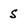
Character: S